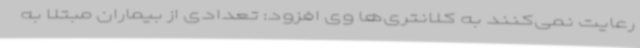
رعایت نمی‌کنند به کلانتری‌ها وی افزود: تعدادی از بیماران مبتلا به